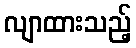
လျာထားသည့်